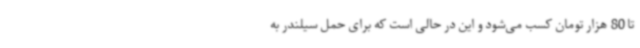
تا 80 هزار تومان کسب می‌شود و این در حالی است که برای حمل سیلندر به